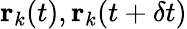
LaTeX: \textbf{r}_{k}(t),\textbf{r}_{k}(t+\delta t)